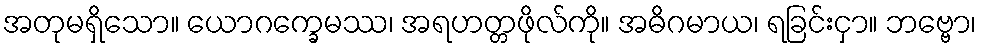
အတုမရှိသော။ ယောဂက္ခေမဿ၊ အရဟတ္တဖိုလ်ကို။ အဓိဂမာယ၊ ရခြင်းငှာ။ ဘဗ္ဗော၊